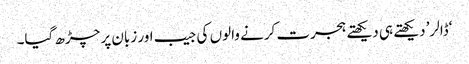
‘ڈالر’ دیکھتے ہی دیکھتے ہجرت کرنے والوں کی جیب اور زبان پر چڑھ گیا۔